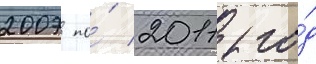
2007 по́ 2011 го́д